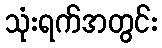
သုံးရက်အတွင်း